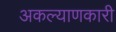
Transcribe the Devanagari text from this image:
अकल्याणकारी